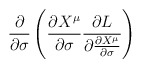
\begin{align*}\displaystyle{\frac{\partial }{\partial \sigma}\left(\frac{\partial X^\mu}{\partial \sigma}\frac{\partial L}{\partial \frac{\partial X^\mu}{\partial \sigma}}\right)}\end{align*}